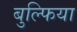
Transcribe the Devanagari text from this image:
बुल्फिया